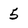
Character: 5